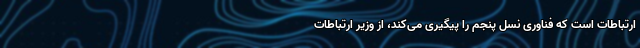
ارتباطات است که فناوری نسل پنجم را پیگیری می‌کند، از وزیر ارتباطات